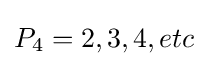
P_{4}=2,3,4,etc